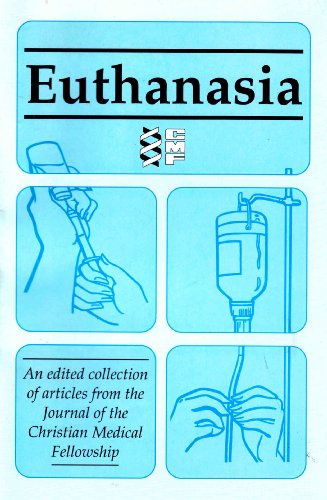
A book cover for Euthanasia: An Edited Collection of Articles from the Journal of the Christian Medical Fellowship; Andrew Fergusson; Law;